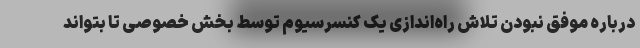
درباره موفق نبودن تلاش راه‌اندازی یک کنسرسیوم توسط بخش خصوصی تا بتواند